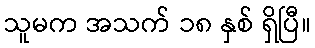
သူမက အသက် ၁၈ နှစ် ရှိပြီ။